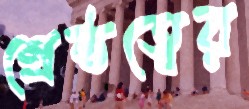
শ্রেষ্ঠত্বের